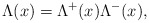
\begin{align*}\Lambda(x) = \Lambda^{+}(x) \Lambda^{-}(x),\end{align*}